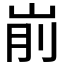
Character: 𰎗